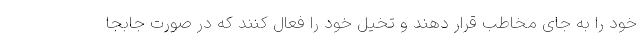
خود را به جای مخاطب قرار دهند و تخیل خود را فعال کنند که در صورت جابجا